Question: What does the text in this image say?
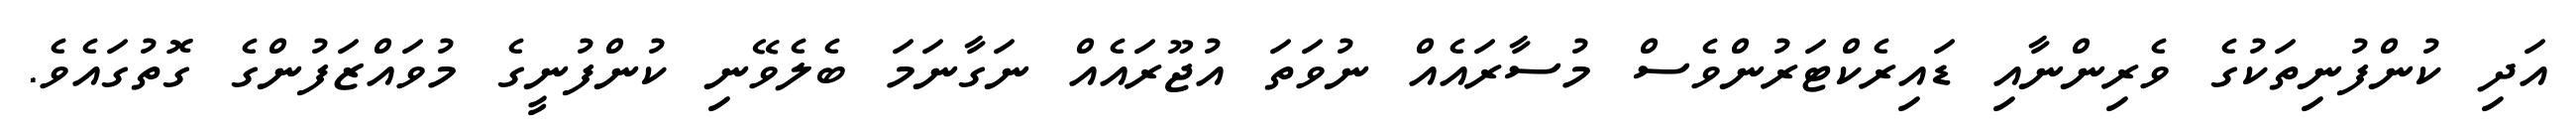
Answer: އަދި ކުންފުނިތަކުގެ ވެރިންނާއި ޑައިރެކްޓަރުންވެސް މުސާރައެއް ނުވަތަ އުޖޫރައެއް ނަގާނަމަ ބެލެވޭނި ކުންފުނީގެ މުވައްޒަފުންގެ ގޮތުގައެވެ.